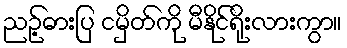
ညဉ့်ဓားပြ ငမှိတ်ကို မီနိုင်ရိုးလားကွာ။